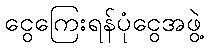
ငွေကြေးရန်ပုံငွေအဖွဲ့